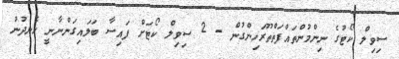
ސިވިލް ކޯޓުގެ ނިންމުންތައްފަތްތޫރަހިންގުން - 2 ސިވިލް ކޯޓަށް ފައިސާ ބަލައިގަންނާނީ ހެނދުނު